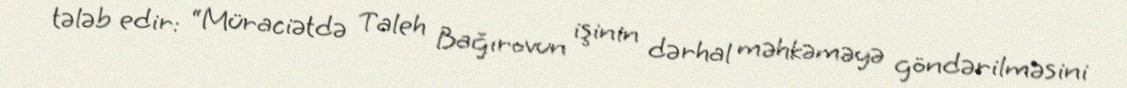
tələb edir: “Müraciətdə Taleh Bağırovun işinin dərhal məhkəməyə göndərilməsini